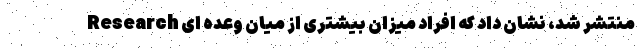
Research منتشر شد، نشان داد که افراد میزان بیشتری از میان وعده ای